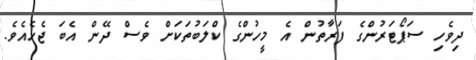
ދިވެހި ސަޕޯޓަރުންގެ ފަރާތުން އެ މީހުންގެ ކްލަބުތަކަށް ވެސް ދޭން އެބަ ޖެހެއެވެ.